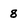
Character: 8